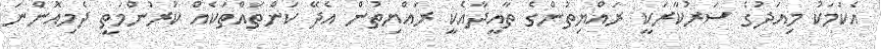
އެކަމަކު މިއަދުގެ ސަރުކާރަކީ ރައްޔިތުންގެ ތާއީދާއެކީ ރައްޔިތުން އެދޭ ކަންތައްތަކެއް ކުރުންމަތީ ދެމިއޮންނަ